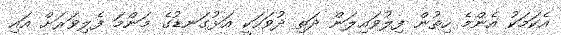
އެކަމަކު އެންމެ ހިތުން ފިލުވައިލަން ދަތި ދުވަހަކީ އަޅުގަނޑުގެ މަންމަ ފެލިވަރަށް އައި